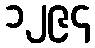
၁၂၉၄